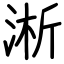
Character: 淅